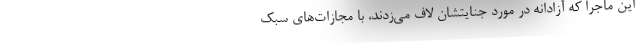
این ماجرا که آزادانه در مورد جنایتشان لاف می‌زدند، با مجازات‌های سبک